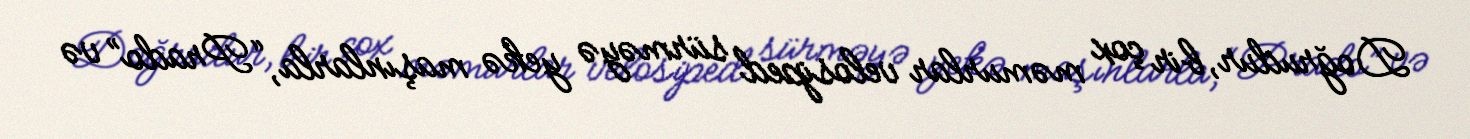
Doğrudur, bir çox məmurlar velosiped sürməyə yekə maşınlarla, “Prado” və